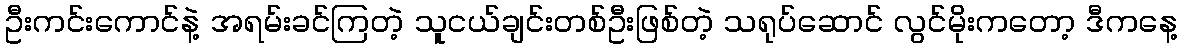
ဦးကင်းကောင်နဲ့ အရမ်းခင်ကြတဲ့ သူငယ်ချင်းတစ်ဦးဖြစ်တဲ့ သရုပ်ဆောင် လွင်မိုးကတော့ ဒီကနေ့